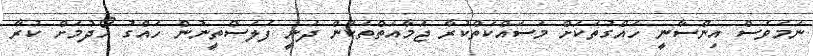
ނަމަވެސް އިންސާނީ ހައްގުތަކަށް މަސައްކަތްކުރާ ޖަމާއަތްތަކުން ދަނީ ފަލަސްތީނުން ހައްގު ހޯދުމަށް ކުރާ